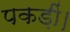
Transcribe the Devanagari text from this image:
पकड़ीं।